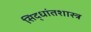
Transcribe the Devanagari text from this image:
सिद्धांतशास्त्र